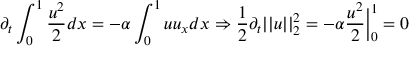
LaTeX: \partial _ { t } \int _ { 0 } ^ { 1 } { \frac { u ^ { 2 } } { 2 } } d x = - \alpha \int _ { 0 } ^ { 1 } u u _ { x } d x \Rightarrow { \frac { 1 } { 2 } } \partial _ { t } | | u | | _ { 2 } ^ { 2 } = - \alpha { \frac { u ^ { 2 } } { 2 } } { \Big | } _ { 0 } ^ { 1 } = 0